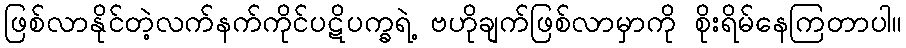
ဖြစ်လာနိုင်တဲ့လက်နက်ကိုင်ပဋိပက္ခရဲ့ ဗဟိုချက်ဖြစ်လာမှာကို စိုးရိမ်နေကြတာပါ။